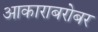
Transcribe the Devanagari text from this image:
आकाराबरोबर